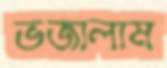
ভজালাম